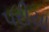
પરીયા